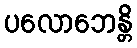
ပလောဘေန္တိ